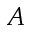
A